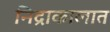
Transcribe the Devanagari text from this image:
निद्राकालात